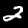
Label: 2